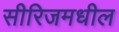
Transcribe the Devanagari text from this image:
सीरिजमधील